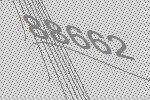
88662